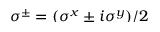
\smash { \sigma ^ { \pm } = ( \sigma ^ { x } \pm i \sigma ^ { y } ) / 2 }